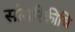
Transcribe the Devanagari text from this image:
सोयरिकीचि